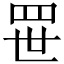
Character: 𬙚